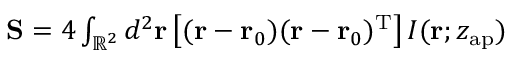
\begin{array} { r } { \mathbf { S } = 4 \int _ { \mathbb { R } ^ { 2 } } d ^ { 2 } \mathbf { r } \left[ ( \mathbf { r } - \mathbf { r } _ { 0 } ) ( \mathbf { r } - \mathbf { r } _ { 0 } ) ^ { \mathrm { T } } \right] I ( \mathbf { r } ; z _ { \mathrm { a p } } ) } \end{array}